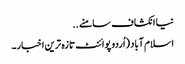
نیا انکشاف سامنے ..
اسلام آباد (اُردو پوائنٹ تازہ ترین اخبار۔